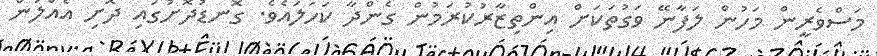
މަސްވެރީން މަހުން ލަފާނޭ ވަގުތަކަށް އިންތިޒާރުކުރަމުން ގެންދާ ކަހަލައެވެ. ގޮނޑުދޮށުގައި ދޮށި އެއްލަން